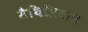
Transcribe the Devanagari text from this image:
मैथिलियान